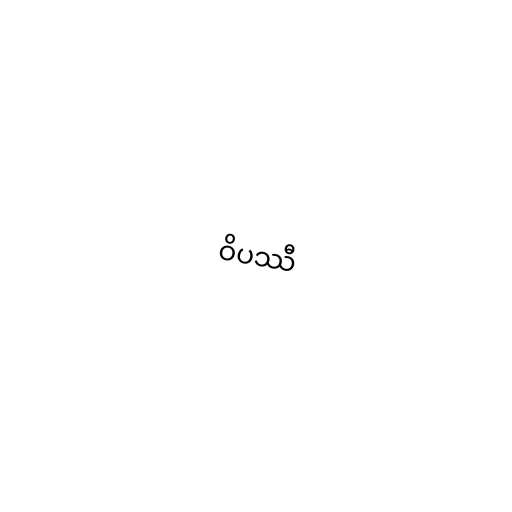
ဝိပဿီ